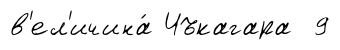
в'ел'ичина́ Чъкагара 9